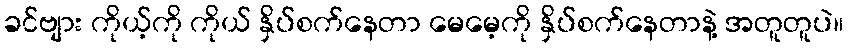
ခင်ဗျား ကိုယ့်ကို ကိုယ် နှိပ်စက်နေတာ မေမေ့ကို နှိပ်စက်နေတာနဲ့ အတူတူပဲ။